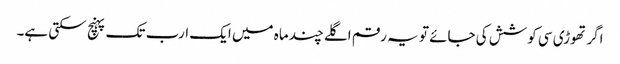
اگر تھوڑی سی کوشش کی جائے تو یہ رقم اگلے چند ماہ میں ایک ارب تک پہنچ سکتی ہے۔